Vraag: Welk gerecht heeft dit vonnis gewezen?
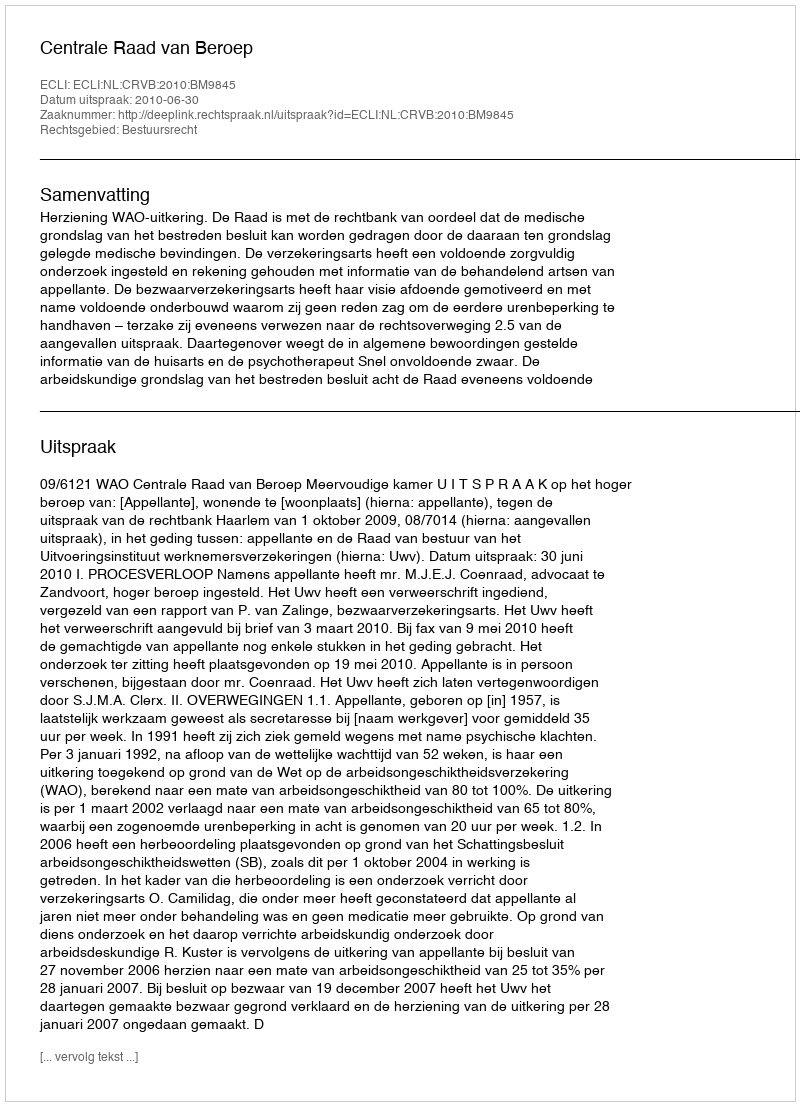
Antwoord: Centrale Raad van Beroep